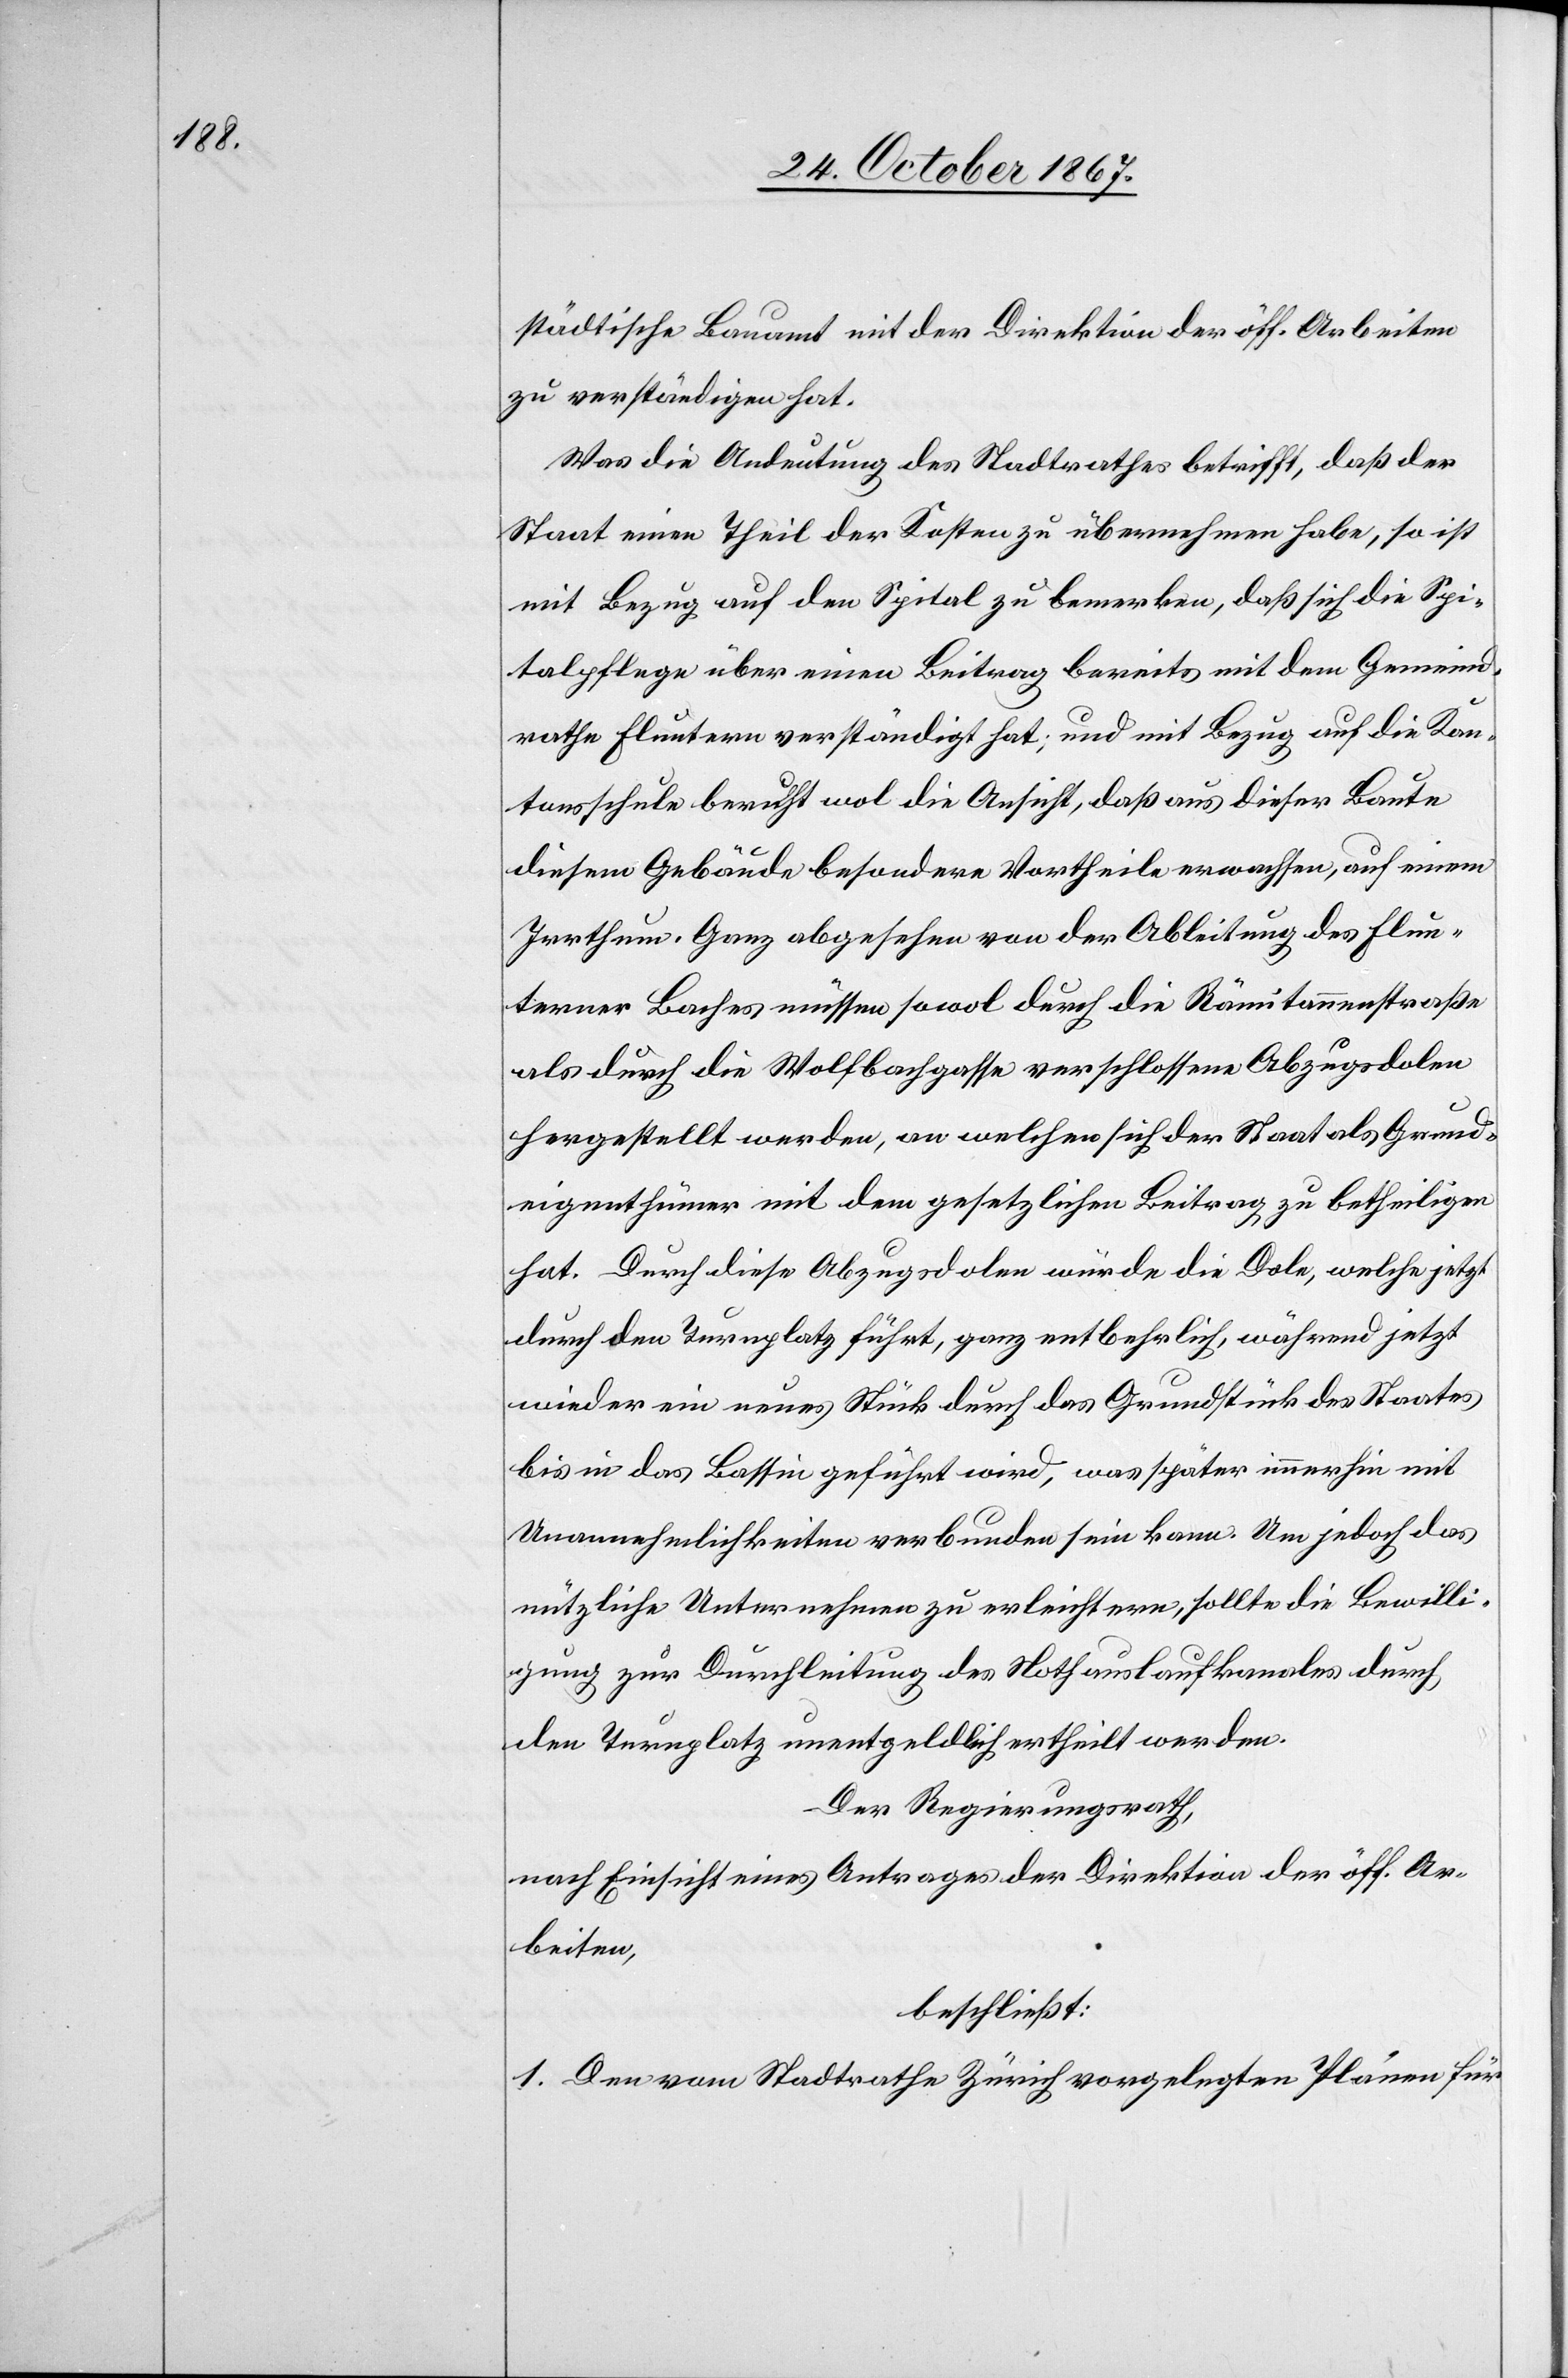
städtische Bauamt mit der Direktion der öff. Arbeiten
zu verständigen hat.
Was die Andeutung des Stadtrathes betrifft, daß der
Staat einen Theil der Kosten zu übernehmen habe, so ist
mit Bezug auf den Spital zu bemerken, daß sich die Spi¬
talpflege über einen Beitrag bereits mit dem Gemeind¬
rathe Fluntern verständigt hat; und mit Bezug auf die Kan¬
tonsschule beruht wol die Ansicht, daß aus dieser Baute
diesem Gebäude besondere Vortheile erwachsen, auf einem
Irrthum. Ganz abgesehen von der Ableitung des Flun¬
terner Baches müssen sowol durch die Rämitannenstraße
als durch die Wolfbachgasse verschlossene Abzugsdolen
hergestellt werden, an welchen sich der Staat als Grund¬
eigenthümer mit dem gesetzlichen Beitrag zu betheiligen
hat. Durch diese Abzugsdolen würde die Dole, welche jetzt
durch den Turnplatz führt, ganz entbehrlich, während jetzt
wieder ein neues Stück durch das Grundstück des Staates
bis in das Bassin geführt wird, was später immerhin mit
Unannehmlichkeiten verbunden sein kann. Um jedoch das
nützliche Unternehmen zu erleichtern, sollte die Bewilli¬
gung zur Durchleitung des Nothauslaufkanales durch
den Turnplatz unentgeldlich ertheilt werden.
Der Regierungsrath,
nach Einsicht eines Antrages der Direktion der öff. Ar¬
beiten,
beschließt:
1. Den vom Stadtrathe Zürich vorgelegten Plänen für